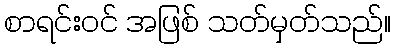
စာရင်းဝင် အဖြစ် သတ်မှတ်သည်။